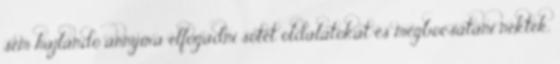
sem hajlandó annyira elfogadni sötét oldalatokat és megbocsátani nektek,